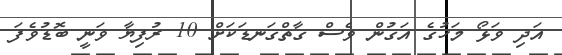
އަދި ވަޅޯ މަހުގެ އަގުން ވެސް ގާތްގަނޑަކަށް 10 ރުފިޔާ ވަނީ ބޮޑުވެފަ